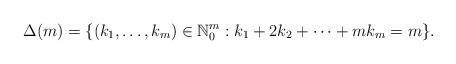
LaTeX: \begin{align*}\Delta(m)=\{(k_1,\ldots,k_m)\in\mathbb{N}^m_0: k_1+2k_2+\cdots+mk_m=m\}.\end{align*}